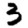
Digit: 3